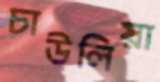
চাউলিয়া